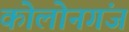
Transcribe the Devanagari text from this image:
कोलोनगंज